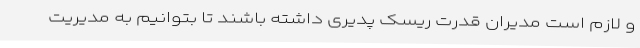
و لازم است مدیران قدرت ریسک پدیری داشته باشند تا بتوانیم به مدیریت